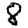
Digit: 8